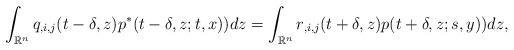
LaTeX: \begin{align*}\int_{{\mathbb R}^n}q_{,i,j}(t-\delta,z)p^*(t-\delta,z;t,x))dz=\int_{{\mathbb R}^n}r_{,i,j}(t+\delta,z)p(t+\delta,z;s,y))dz,\end{align*}